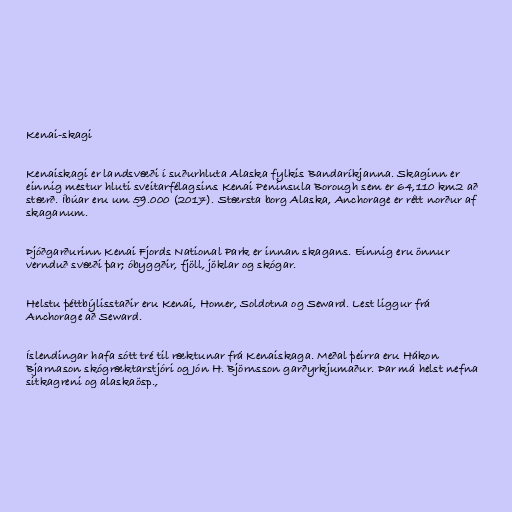
Kenai-skagi

Kenaiskagi er landsvæði í suðurhluta Alaska fylkis Bandaríkjanna. Skaginn er
einnig mestur hluti sveitarfélagsins Kenai Peninsula Borough sem er 64,110 km2 að
stærð. Íbúar eru um 59.000 (2017). Stærsta borg Alaska, Anchorage er rétt norður af
skaganum.

Þjóðgarðurinn Kenai Fjords National Park er innan skagans. Einnig eru önnur
vernduð svæði þar; óbyggðir, fjöll, jöklar og skógar.

Helstu þéttbýlisstaðir eru Kenai, Homer, Soldotna og Seward. Lest liggur frá
Anchorage að Seward.

Íslendingar hafa sótt tré til ræktunar frá Kenaiskaga. Meðal þeirra eru Hákon
Bjarnason skógræktarstjóri og Jón H. Björnsson garðyrkjumaður. Þar má helst nefna
sitkagreni og alaskaösp.,